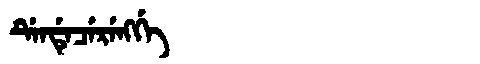
Manchu: ᡩᡝᠨᡩᡝᠴᡝᡵᡝᠩᡤᡝ
Romanization: DENDECERENGGE